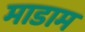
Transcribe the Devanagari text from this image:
माडाम